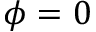
\phi = 0